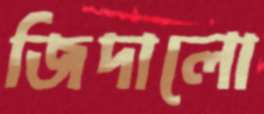
জিদালো